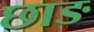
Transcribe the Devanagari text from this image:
छाङ